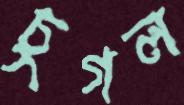
চুগল